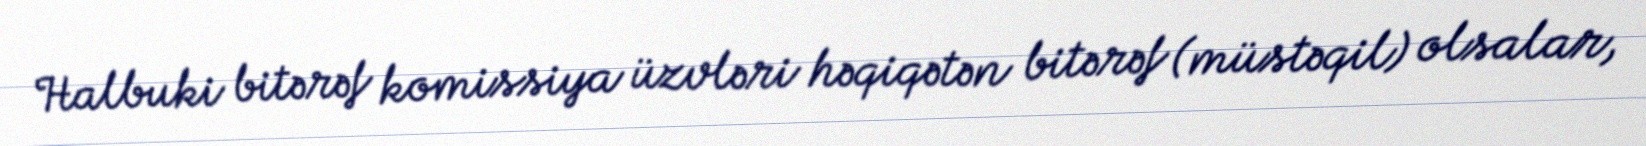
Halbuki bitərəf komissiya üzvləri həqiqətən bitərəf (müstəqil) olsalar,